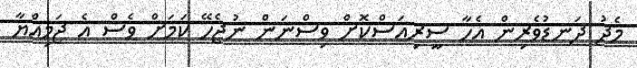
މެދު ދަނޑުވެރިން އެހާ ސީރިއަސްކޮށް ވިސްނަން ނުޖެހޭ ކަމަށް ވެސް އެ ޖަމިއްޔާ